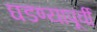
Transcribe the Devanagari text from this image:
घडण्यापूर्वी